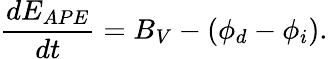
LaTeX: \frac{dE_{APE}}{dt}=B_{V}-\left(\phi_{d}-\phi_{i}\right).